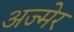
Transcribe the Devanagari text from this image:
अज्मेर